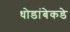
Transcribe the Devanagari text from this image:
धोडांबेकडे